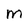
Character: m